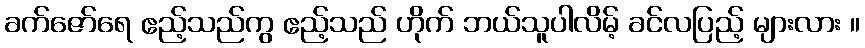
ခက်ဇော်ရေ ဧည့်သည်ကွ ဧည့်သည် ဟိုက် ဘယ်သူပါလိမ့် ခင်လပြည့် များလား ။